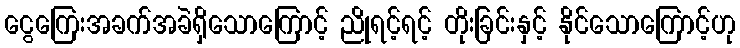
ငွေကြေးအခက်အခဲရှိသောကြောင့် ညိုရင့်ရင့် တိုးခြင်းနှင့် နိုင်သောကြောင့်ဟု